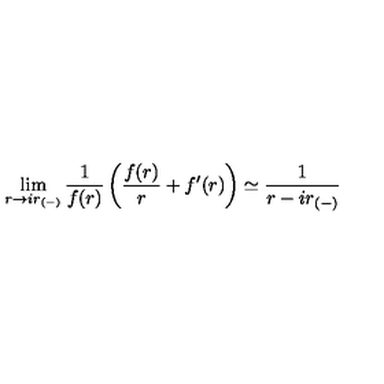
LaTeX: \lim _ { r \rightarrow i r _ { ( - ) } } { \frac { 1 } { f ( r ) } } \left( { \frac { f ( r ) } { r } } + f ^ { \prime } ( r ) \right) \simeq { \frac { 1 } { r - i r _ { ( - ) } } }